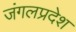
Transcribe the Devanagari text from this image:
जंगलप्रदेश